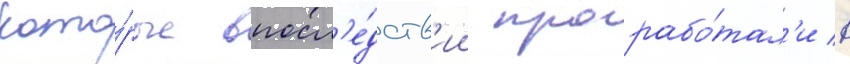
кото́рые впосл'е́дств'ии прорабо́тал'и в